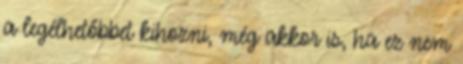
a legélhetőbbet kihozni, még akkor is, ha ez nem